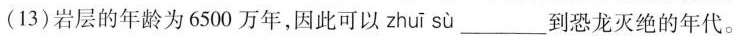
(13)岩层的年龄为6500万年，因此可以 zhuī sù ___到恐龙灭绝的年代。